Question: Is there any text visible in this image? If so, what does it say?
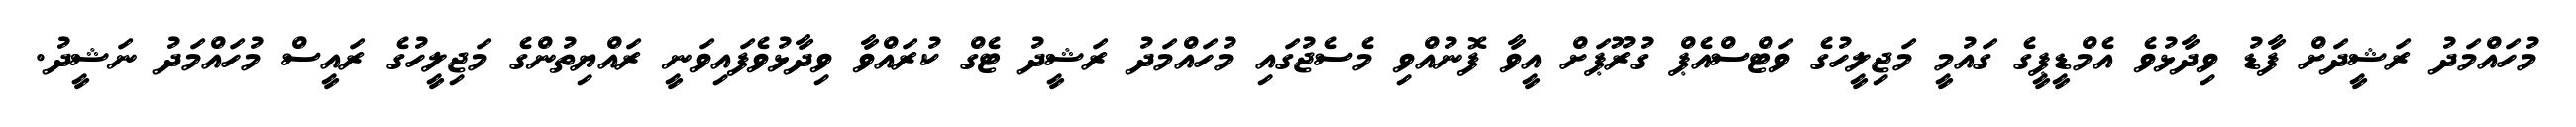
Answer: މުހައްމަދު ރަޝީދަށް ފާޑު ވިދާޅުވެ އެމްޑީޕީގެ ގައުމީ މަޖިލީހުގެ ވަޓްސްއެޕް ގުރޫޕަށް އީވާ ފޮނުއްވި މެސެޖުގައި މުހައްމަދު ރަޝީދު ޓެގް ކުރައްވާ ވިދާޅުވެފައިވަނީ ރައްޔިތުންގެ މަޖިލީހުގެ ރައީސް މުހައްމަދު ނަޝީދު.